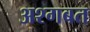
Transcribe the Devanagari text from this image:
अश्गबत